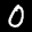
Label: 0